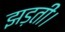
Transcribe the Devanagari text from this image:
झड़तीं।